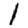
Digit: 1